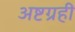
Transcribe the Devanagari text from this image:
अष्टग्रही